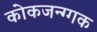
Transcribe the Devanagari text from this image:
कोकजन्ग्गक